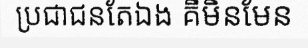
ប្រជាជនតែឯង គឺមិនមែន